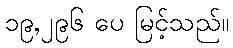
၁၉,၂၉၆ ပေ မြင့်သည်။